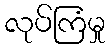
လုပ်ကြံမှု